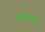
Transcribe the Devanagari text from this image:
स्टेडियमऔर